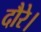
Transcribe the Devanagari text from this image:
दौरे।